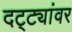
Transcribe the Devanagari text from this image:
दट्ट्यांवर